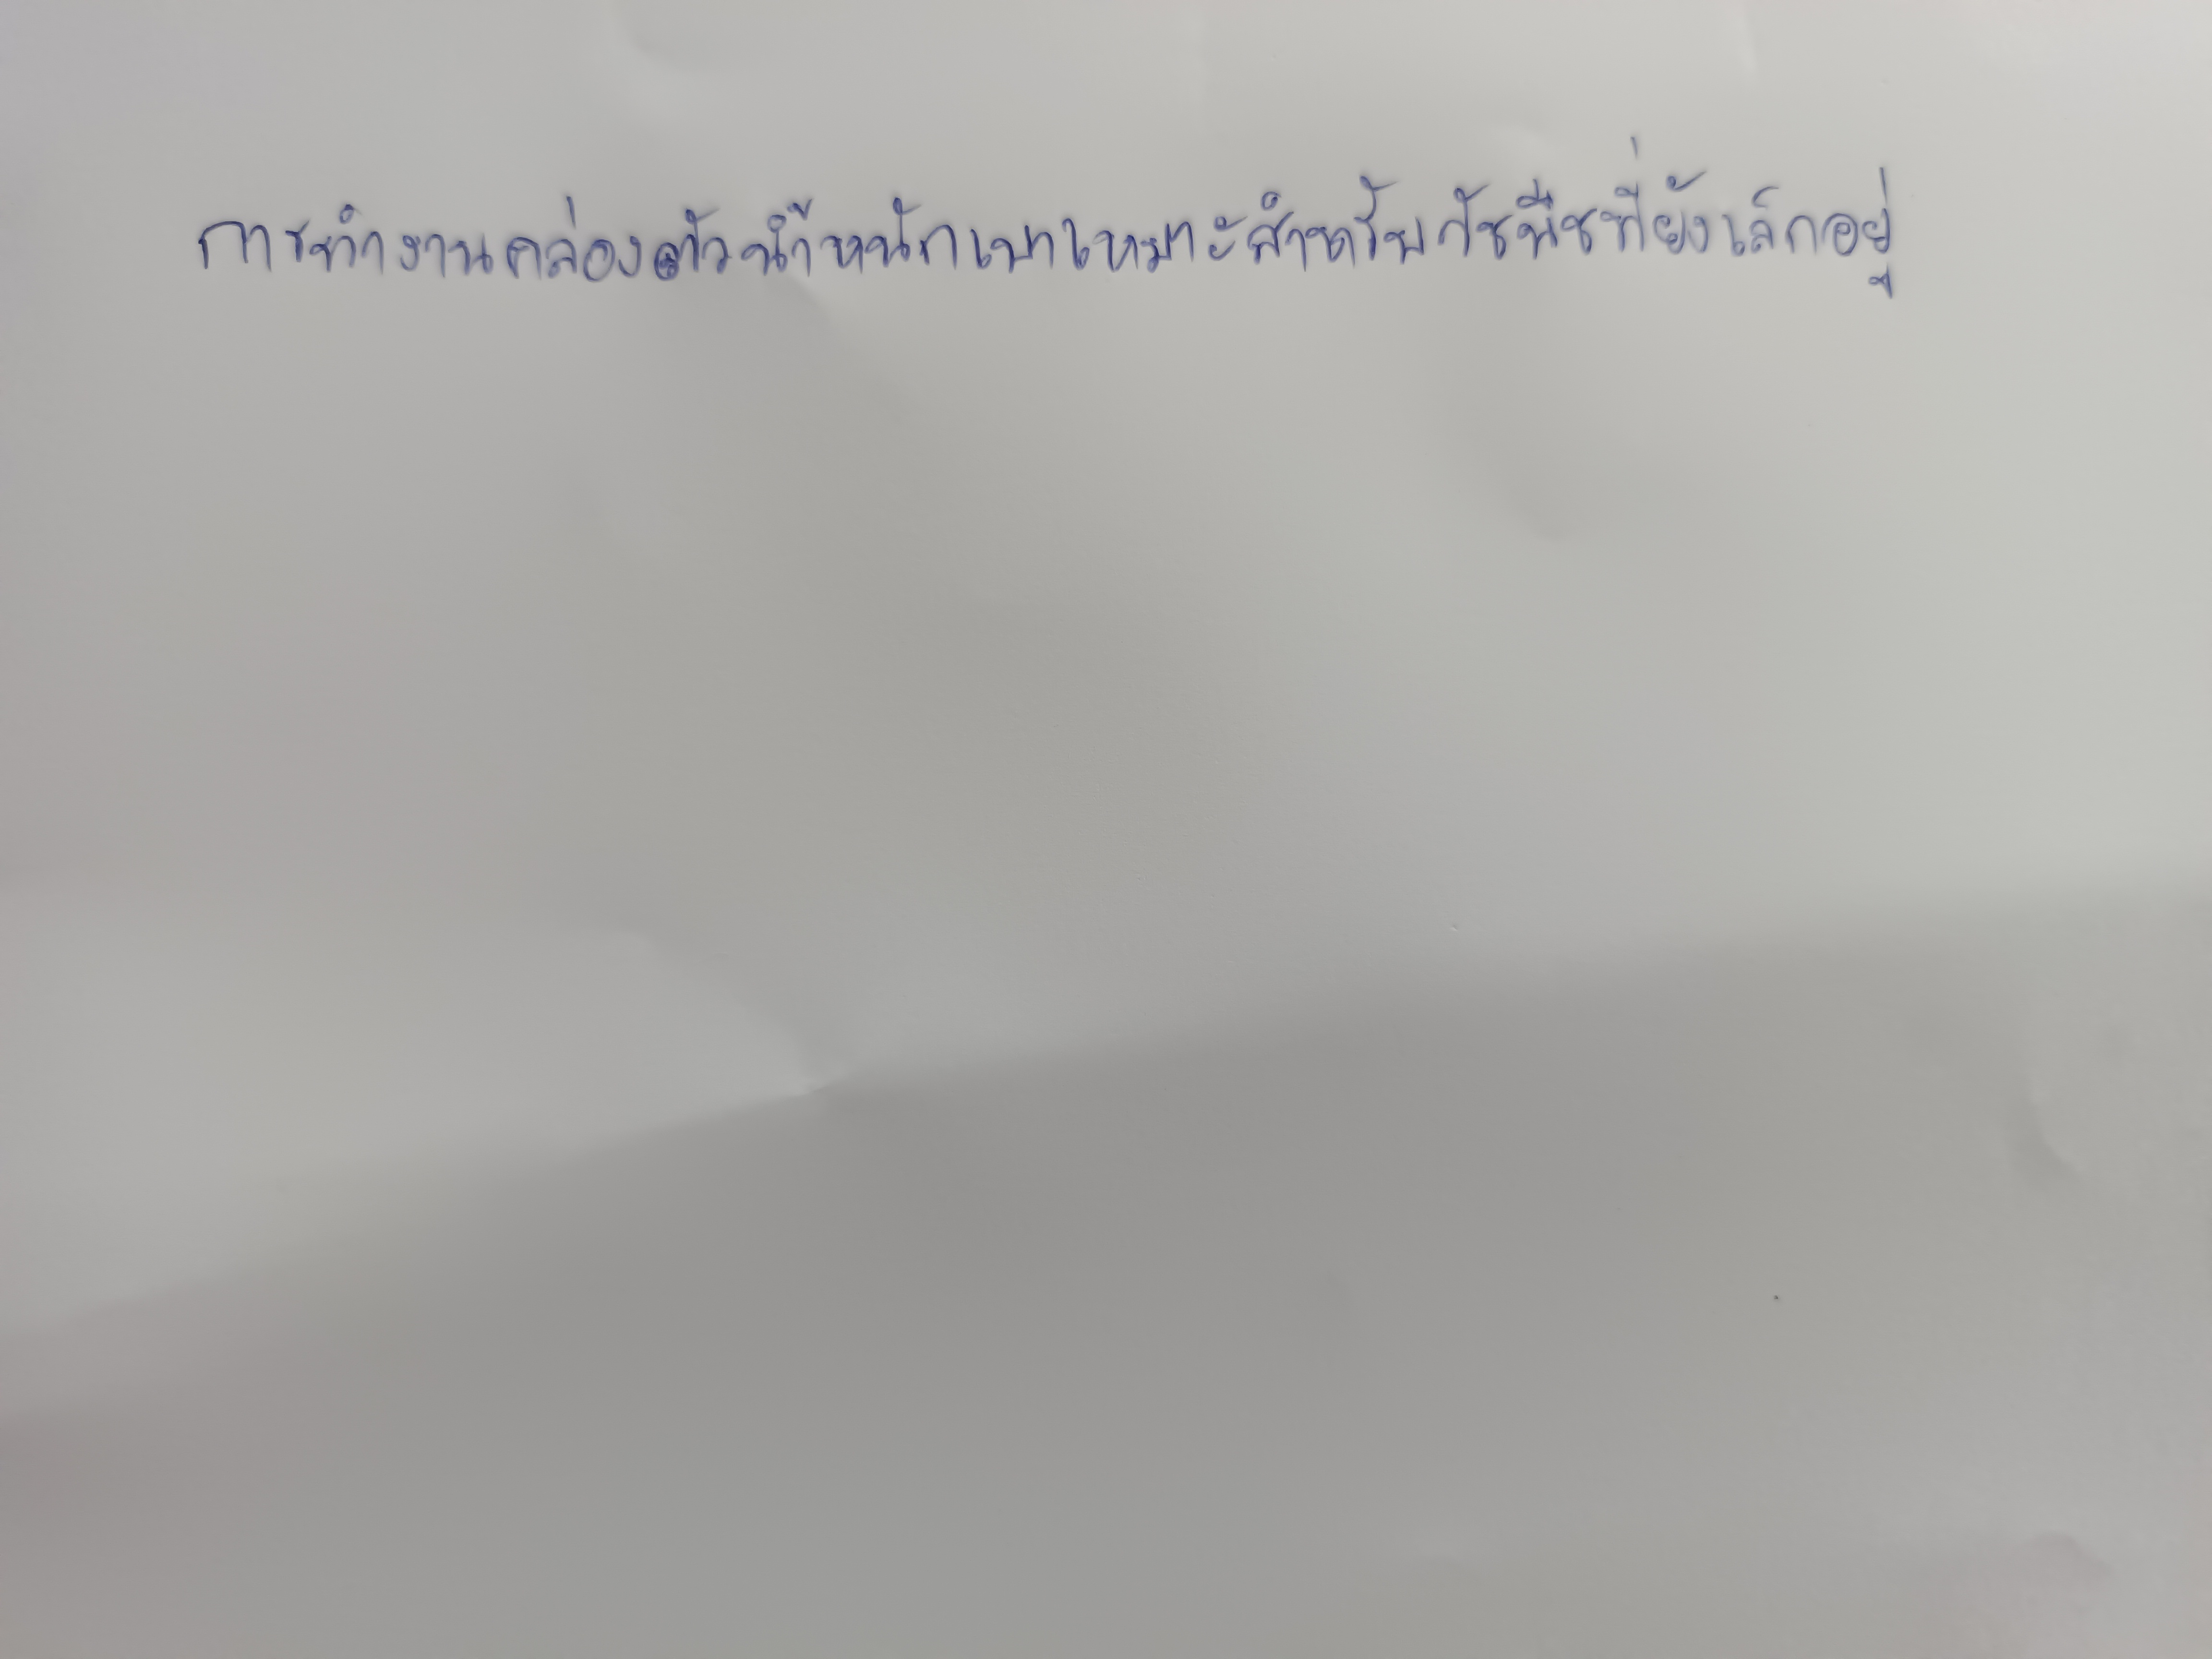
การทำงานคล่องตัวน้ำหนักเบาเหมาะสำหรับวัชพืชที่ยังเล็กอยู่